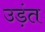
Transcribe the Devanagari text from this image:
उड़ंत